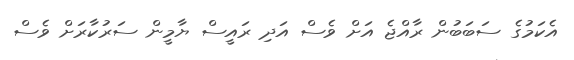
އެކަމުގެ ސަބަބުން ރާއްޖެ އަށް ވެސް އަދި ރައީސް ޔާމީން ސަރުކާރަށް ވެސް